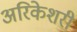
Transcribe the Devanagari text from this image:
अरिकेशरी